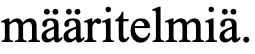
määritelmiä.